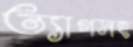
ত্যাগসহ